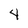
Character: 4